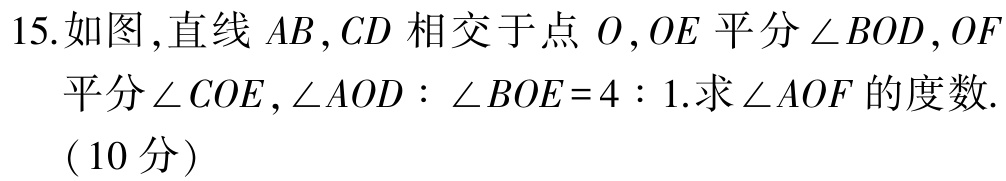
15.如图,直线 \(AB,CD\) 相交于点 \(O\),\(OE\) 平分 \(\angle BOD\),\(OF\) 平分 \(\angle COE\),\(\angle AOD:\angle BOE = 4:1\).求 \(\angle AOF\) 的度数.（10分）